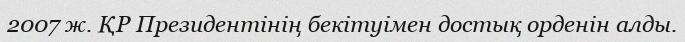
2007 ж. ҚР Президентінің бекітуімен достық орденін алды.